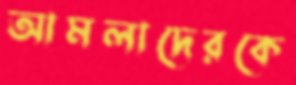
আমলাদেরকে